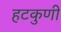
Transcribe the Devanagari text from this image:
हटकुणी